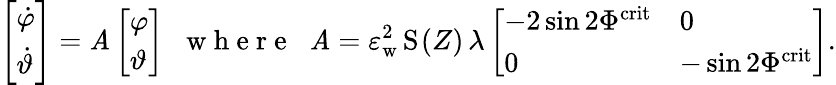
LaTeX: \left[\begin{array}{l}{\dot{\varphi}}\\ {\dot{\vartheta}}\end{array}\right]=\mathit{A}\left[\begin{array}{l}{{\varphi}}\\ {{\vartheta}}\end{array}\right]\; \; \mathrm{{~w~h~e~r~e~}}\; \; \mathit{A}=\varepsilon_{\mathrm{{w}}}^{2}\, \mathrm{{S}}_{}(Z)\, \lambda\left[\begin{array}{ll}{-2\sin 2\Phi^{\mathrm{crit}}}&{0}\\ {0}&{-\sin 2\Phi^{\mathrm{crit}}}\end{array}\right].